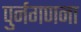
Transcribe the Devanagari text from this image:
पुर्नगणना